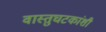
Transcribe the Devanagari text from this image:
वास्तुघटकांशी